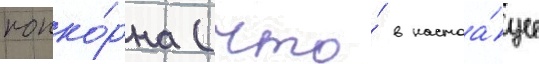
попко́рна (что́ в настоа́щее